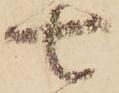
七